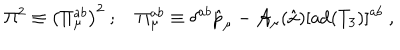
\Pi ^ { 2 } \equiv \left( \Pi _ { \mu } ^ { a b } \right) ^ { 2 } \ ; \quad \Pi _ { \mu } ^ { a b } \equiv \delta ^ { a b } \hat { p } _ { \mu } - { \cal A } _ { \mu } ( \hat { x } ) [ \mathrm { a d } ( T _ { 3 } ) ] ^ { a b } \ ,